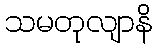
သမတုလျာနိ